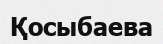
Қосыбаева